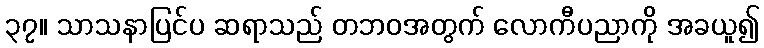
၃၇။ သာသနာပြင်ပ ဆရာသည် တဘဝအတွက် လောကီပညာကို အခယူ၍